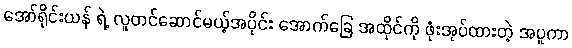
အော်ရိုင်းယန် ရဲ့ လူတင်ဆောင်မယ့်အပိုင်း အောက်ခြေ အထိုင်ကို ဖုံးအုပ်ထားတဲ့ အပူကာ